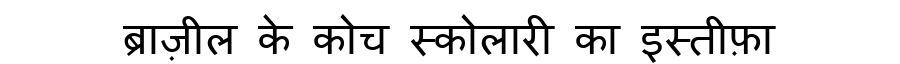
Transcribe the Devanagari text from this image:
ब्राज़ील के कोच स्कोलारी का इस्तीफ़ा